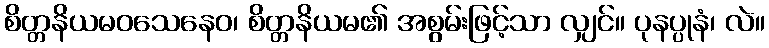
စိတ္တနိယမဝသေနေဝ၊ စိတ္တနိယမ၏ အစွမ်းဖြင့်သာ လျှင်။ ပုနပ္ပုနံ၊ လဲ။